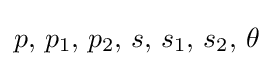
p,\,p_{1},\,p_{2},\,s,\,s_{1},\,s_{2},\,\theta